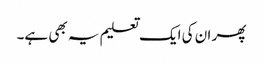
پھر ان کی ایک تعلیم یہ بھی ہے۔